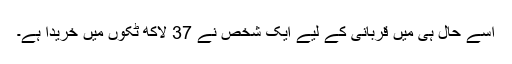
اسے حال ہی میں قربانی کے لیے ایک شخص نے 37 لاکھ ٹکوں میں خریدا ہے۔